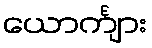
ယောင်္ကျား